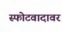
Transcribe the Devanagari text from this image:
स्फोटवादावर